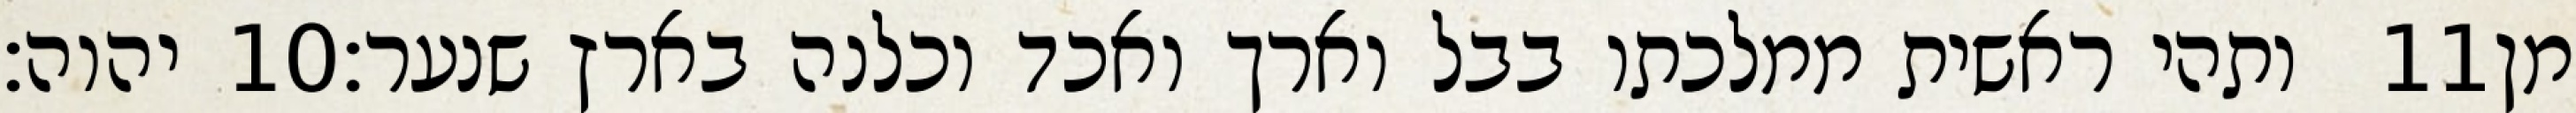
יהוה׃ ‎10‏ ותהי ראשית ממלכתו בבל וארך ואכד וכלנה בארץ שנער׃ ‎11‏ מן